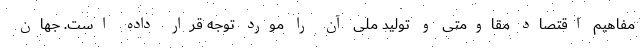
مفاهیم اقتصاد مقاومتی و تولید ملی آن را مورد توجه قرار داده است. جهان